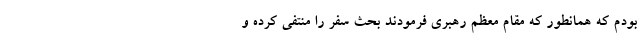
بودم که همانطور که مقام معظم رهبری فرمودند بحث سفر را منتفی کرده و